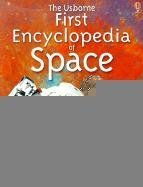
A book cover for The Usborne First Encyclopedia of Space; Paul Dowswell; Reference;